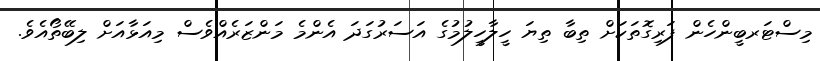
މިސްޓަރބީންހެން ފަރިގޮތަކަށް ތިބާ ތިޔަ ހީލާހީލުމުގެ އަސަރުގަދަ އެންމެ މަންޒަރެއްވެސް މިއަޅާއަށް ލިބޭތޯއެވެ.